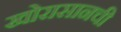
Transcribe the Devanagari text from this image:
खोरासानची